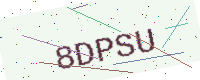
Text: 8DPSU